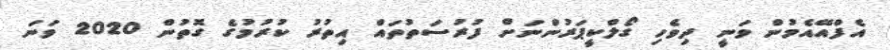
އެފްއޭއެމުން ވަނީ ދިވެހި ގޯލްކީޕަރުންނަށް ފުރުސަތުތައް އިތުރު ކުރުމުގެ ގޮތުން 2020 ވަނަ